Elephants and their diseases
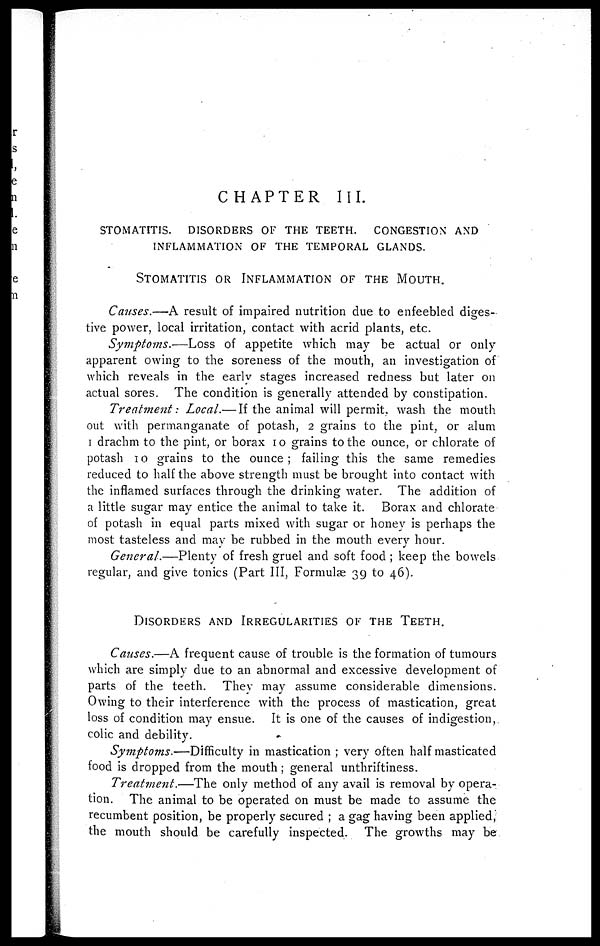
CHAPTER III.
STOMATITIS. DISORDERS OF THE TEETH. CONGESTION AND
INFLAMMATION OF THE TEMPORAL GLANDS.
STOMATITIS OR INLAMMATION OF THE MOUTH.
Causes.—A result of impaired nutrition due to enfeebled diges-
tive power, local irritation, contact with acrid plants, etc.
Symptoms.—Loss
of appetite which may be actual or only
apparent owing to the soreness of the mouth, an investigation of
which reveals in the early stages increased redness but later on
actual sores. The condition is generally attended by constipation.
Treatment: Local.— If the animal will permit, wash the mouth
out with permanganate of potash, 2 grains to the pint, or alum
1 drachm to the pint, or borax 10 grains to the ounce, or chlorate of
potash 10 grains to the ounce; failing this the same remedies
reduced to half the above strength must be brought into contact with
the inflamed surfaces through the drinking water. The addition of
a little sugar may entice the animal to take it. Borax and chlorate
of potash in equal parts mixed with sugar or honey is perhaps the
most tasteless and may be rubbed in the mouth every hour.
General.—Plenty
of fresh gruel and soft food ; keep the bowels
regular, and give tonics (Part III, Formulae 39 to 46).
DISORDERS AND IRREGULARITIES OF THE TEETH.
Causes.—A frequent cause of trouble is the formation of tumours
which are simply due to an abnormal and excessive development of
parts of the teeth. They may assume considerable dimensions.
Owing to their interference with the process of mastication, great
loss of condition may ensue. It is one of the causes of indigestion,
colic and debility.
Symptoms.—Difficulty in mastication ; very often half masticated
food is dropped from the mouth; general unthriftiness.
Treatment.—The
only method of any avail is removal by opera-
tion. The animal to be operated on must be made to assume the
recumbent position, be properly secured ; a gag having been applied,
the mouth should be carefully inspected. The growths may be